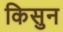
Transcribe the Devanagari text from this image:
किसुन